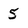
Character: 5